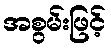
အစွမ်းဖြင့်